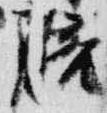
陪